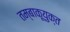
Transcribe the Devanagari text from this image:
तम्बाकूयुक्त